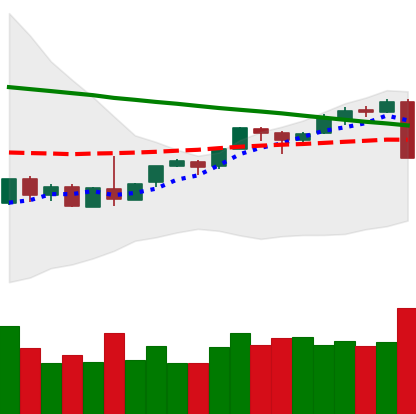
Ticker: BTC-USD
Chart end date: 2018-09-05
Forward return: -6.818%
Label: down_5_7